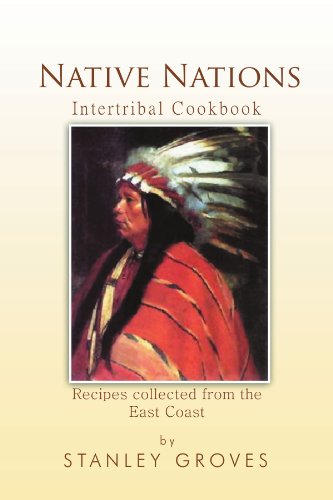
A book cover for Native Nations Cookbook: East Coast; Stanley Groves; Cookbooks, Food & Wine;